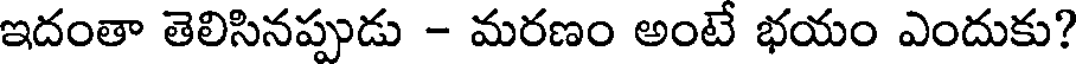
ఇదంతా తెలిసినప్పుడు - మరణం అంటే భయం ఎందుకు?